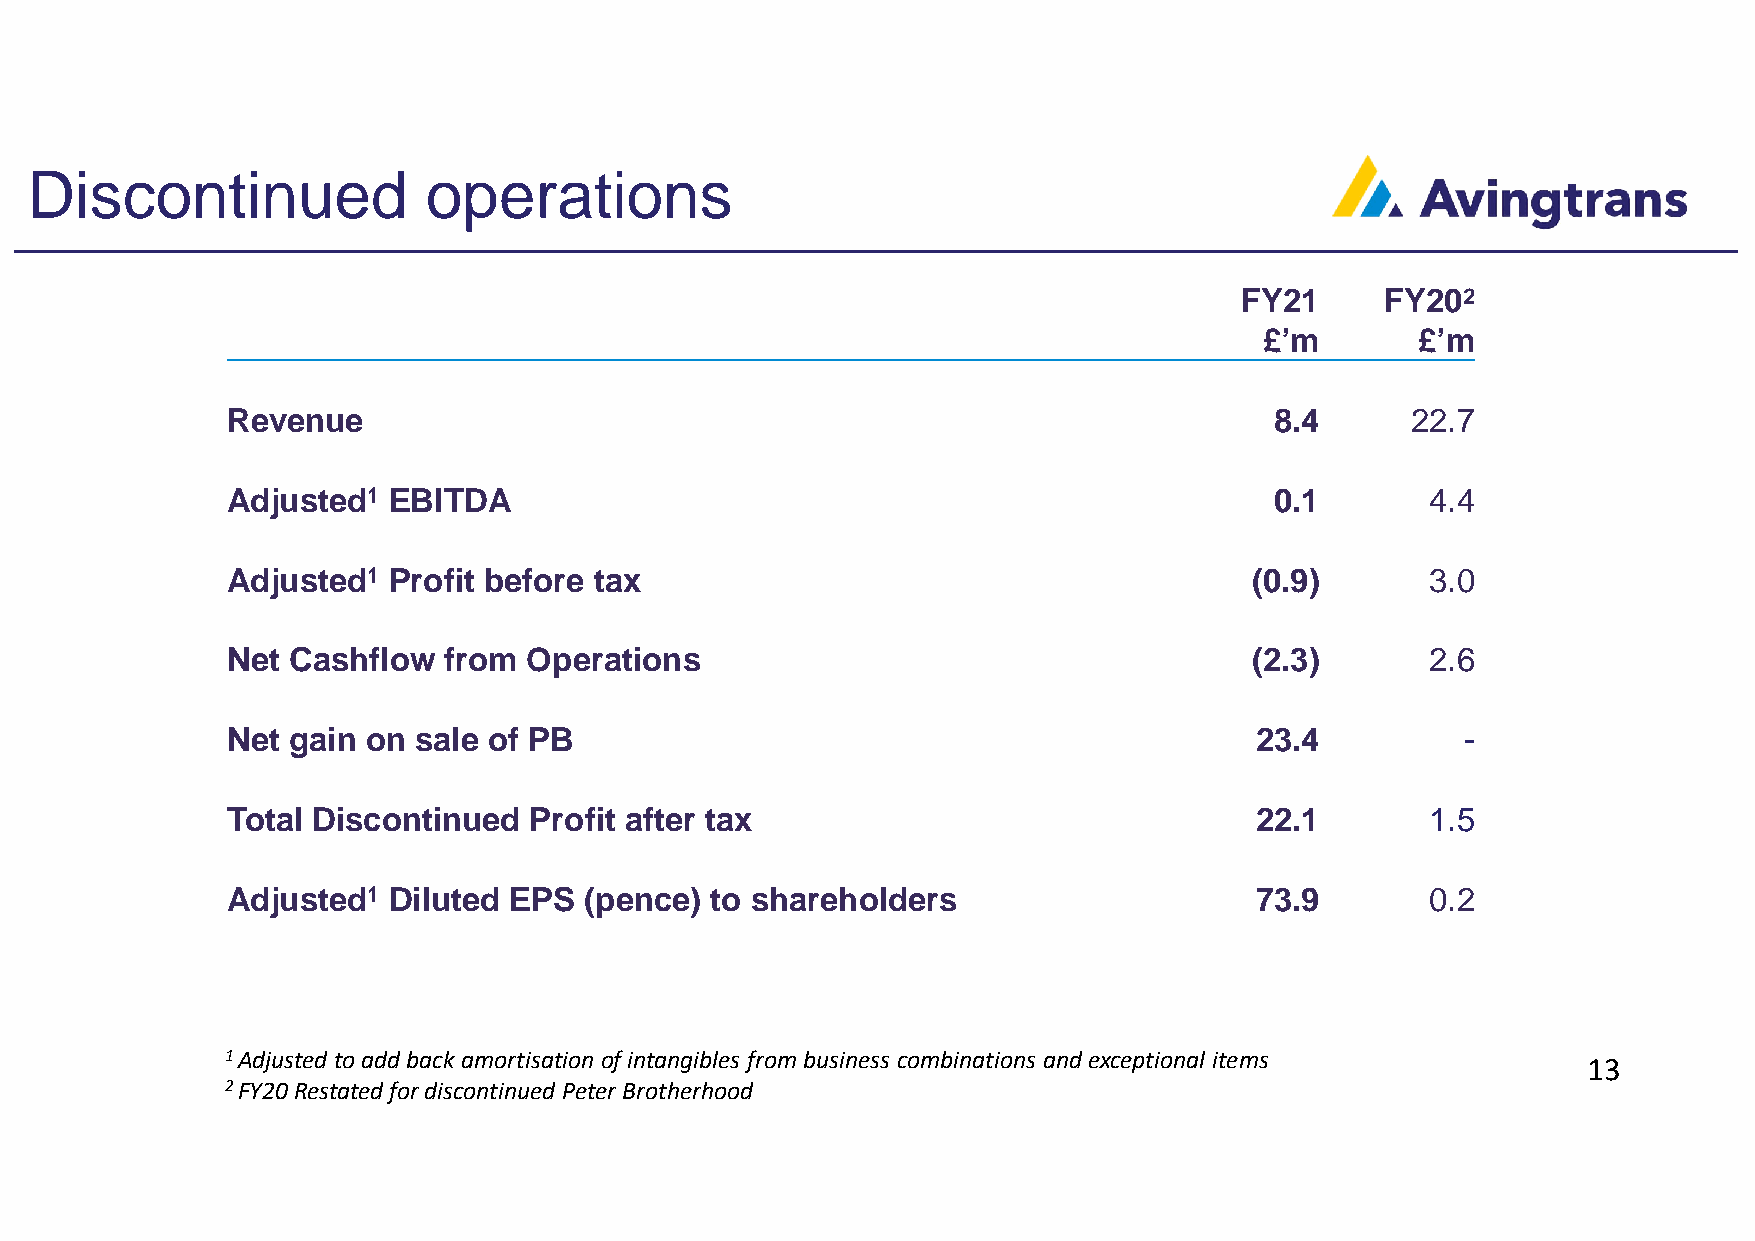
Discontinued              operations
 FY21      FY202
 £’m       £’m
 Revenue                                                              8.4      22.7
 Adjusted1  EBITDA                                                    0.1        4.4
 Adjusted1  Profit before tax                                        (0.9)       3.0
 Net Cashflow  from  Operations                                      (2.3)       2.6
 Net gain on sale of PB                                              23.4          -
 Total Discontinued  Profit after tax                                22.1        1.5
 Adjusted1  Diluted EPS  (pence) to shareholders                     73.9        0.2
 1Adjusted to add back amortisation of intangibles from business combinations and exceptional items 13
 2FY20 Restated for discontinued Peter Brotherhood